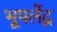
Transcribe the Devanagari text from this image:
भूपलेंद्र